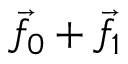
{ \vec { f } } _ { 0 } + { \vec { f } } _ { 1 }